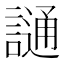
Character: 𫍌